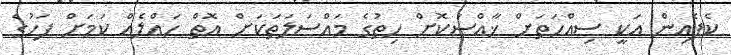
ކެފެއިން އަކީ ސިއްހަތަށް ޚާއްސަކޮށް ހިތުގެ މައްސަލަތަކަށް އޮތް ހައްލެއް ކަމަށް ފަހުގެ